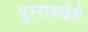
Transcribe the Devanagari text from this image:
पुस्तकद्वेष्टे